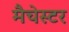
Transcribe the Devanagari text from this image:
मैचेस्टर